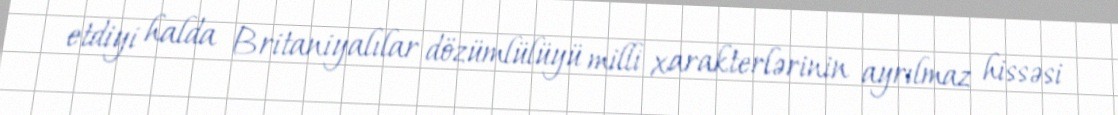
etdiyi halda Britaniyalılar dözümlülüyü milli xarakterlərinin ayrılmaz hissəsi